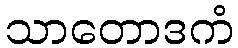
သာတောဒကံ